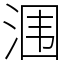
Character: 涠